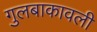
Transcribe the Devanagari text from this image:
गुलबाकावली